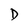
Character: D